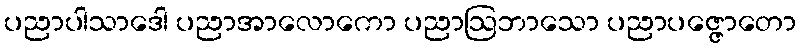
ပညာပါသာဒေါ ပညာအာလောကော ပညာဩဘာသော ပညာပဇ္ဇောတော